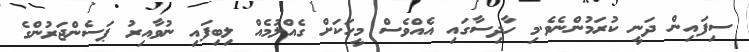
ސިފައިން ދަނީ ކުރަމުންނެވެ.މި ހާދިސާގައި އެއްވެސް މީހަކަށް ގެއްލުމެއް ލިބިފައި ނުވާއިރު ޕަސެންޖަރުންގެ